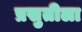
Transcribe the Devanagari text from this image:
प्रसुतीला